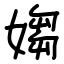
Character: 媰